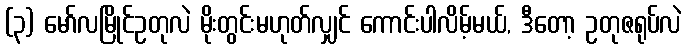
(၃) မော်လမြိုင်ဥတုလဲ မိုးတွင်းမဟုတ်လျှင် ကောင်းပါလိမ့်မယ်, ဒီတော့ ဥတုဇရုပ်လဲ